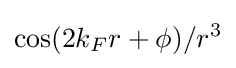
\cos(2k_{F}r+\phi )/r^{3}